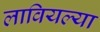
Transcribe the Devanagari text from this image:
लावियल्या